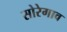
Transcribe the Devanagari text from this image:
सोरेगाव